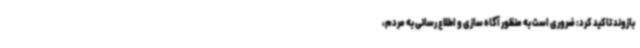
بازوند تاکید کرد: ضروری است به منظور آگاه سازی و اطلاع رسانی به مردم،